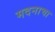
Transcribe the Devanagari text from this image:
मदनाचा